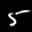
Label: 5